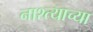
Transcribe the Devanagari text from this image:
नाश्त्याच्या